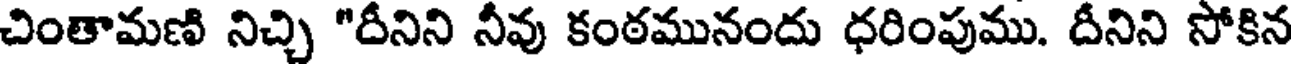
చింతామణి నిచ్చి "దీనిని నీవు కంఠమునందు ధరింపుము. దీనిని సోకిన